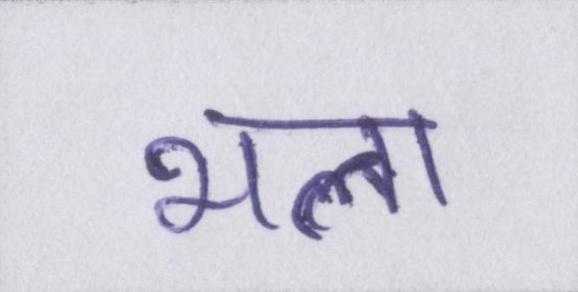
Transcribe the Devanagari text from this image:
भला